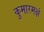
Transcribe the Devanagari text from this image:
कुमारमक्षं